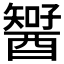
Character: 𨢱